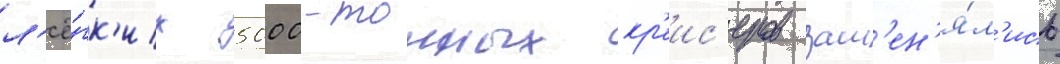
л'ё́гк'их 5000-тонных кр'еис'еров зам'ен'я́л'ись